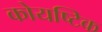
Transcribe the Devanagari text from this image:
कोयष्टिक